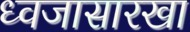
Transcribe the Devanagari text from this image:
ध्वजासारखा